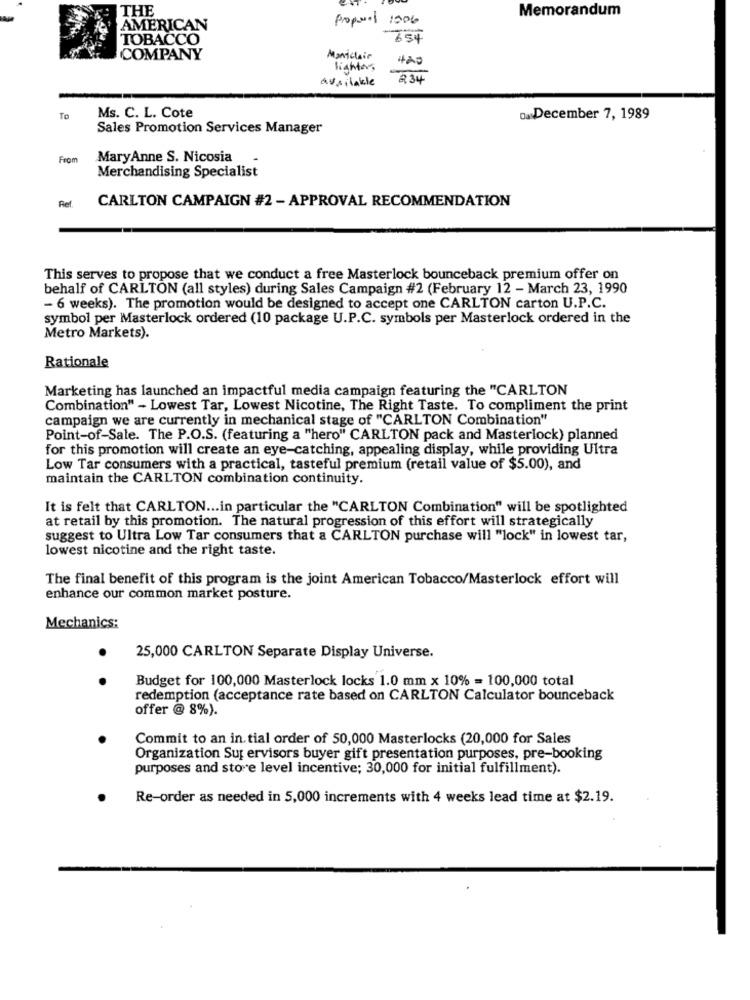
THE
Memorandum
propres 1006
AMERICAN
TOBACCO
757
COMPANY
Montclair
420
lighters
available
234
To
Ms. C. L. Cote
.. December 7, 1989
Sales Promotion Services Manager
From
MaryAnne S. Nicosia
Merchandising Specialist
Ref.
CARLTON CAMPAIGN #2 - APPROVAL RECOMMENDATION
This serves to propose that we conduct a free Masterlock bounceback premium offer on
behalf of CARLTON (all styles) during Sales Campaign #2 (February 12 - March 23, 1990
- 6 weeks). The promotion would be designed to accept one CARLTON carton U.P.C.
symbol per Masterlock ordered (10 package U.P.C. symbols per Masterlock ordered in the
Metro Markets).
Rationale
Marketing has launched an impactful media campaign featuring the "CARLTON
Combination" - Lowest Tar, Lowest Nicotine, The Right Taste. To compliment the print
campaign we are currently in mechanical stage of "CARLTON Combination"
Point-of-Sale. The P.O.S. (featuring a "hero" CARLTON pack and Masterlock) planned
for this promotion will create an eye-catching, appealing display, while providing Ultra
Low Tar consumers with a practical, tasteful premium (retail value of $5.00), and
maintain the CARLTON combination continuity.
It is felt that CARLTON ... in particular the "CARLTON Combination" will be spotlighted
at retail by this promotion. The natural progression of this effort will strategically
suggest to Ultra Low Tar consumers that a CARLTON purchase will "lock" in lowest tar,
lowest nicotine and the right taste.
The final benefit of this program is the joint American Tobacco/Masterlock effort will
enhance our common market posture.
Mechanics:
25,000 CARLTON Separate Display Universe.
Budget for 100,000 Masterlock locks 1.0 mm x 10% = 100,000 total
redemption (acceptance rate based on CARLTON Calculator bounceback
offer @ 8%).
Commit to an in. tial order of 50,000 Masterlocks (20,000 for Sales
Organization Supervisors buyer gift presentation purposes, pre-booking
purposes and store level incentive; 30,000 for initial fulfillment).
Re-order as needed in 5,000 increments with 4 weeks lead time at $2.19.